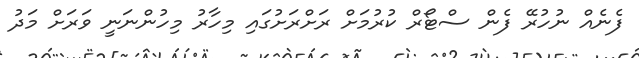
ފެނެއް ނުހުރޭ ފެން ސްޓޯރް ކުރުމަށް ރަށްރަށުގައި މިހާރު މިހުންނަނީ ވަރަށް މަދު